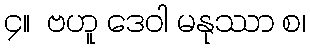
၄။  ဗဟူ ဒေဝါ မနုဿာ စ၊